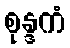
စုန္ဒကံ